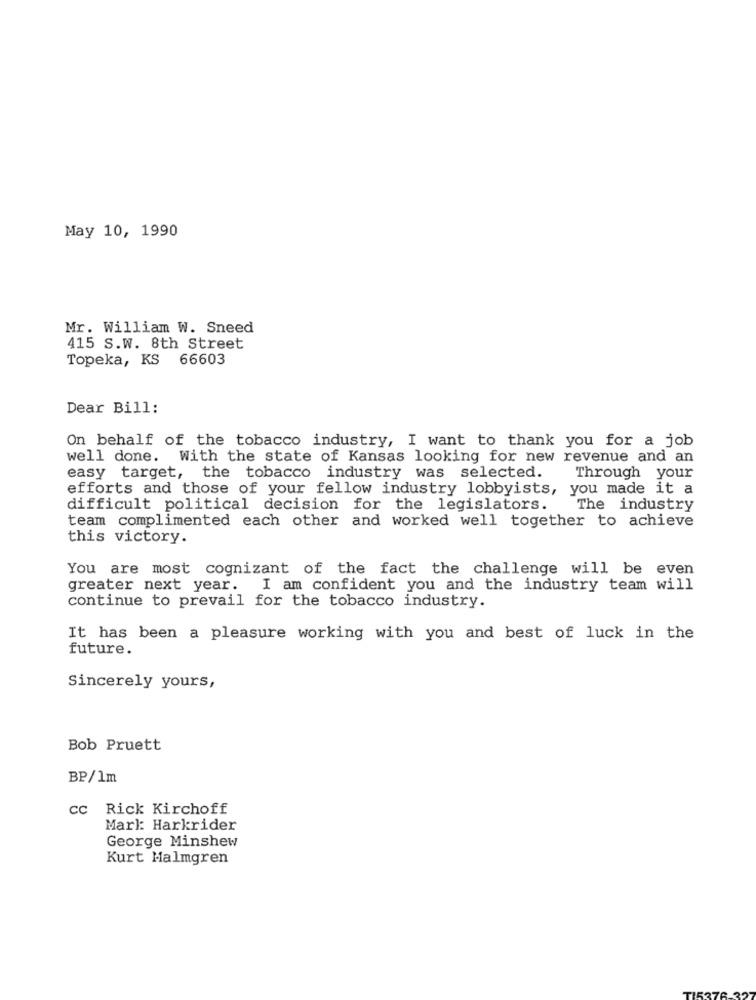
May 10, 1990
Mr. William W. Sneed
415 S.W. 8th Street
Topeka, KS 66603
Dear Bill:
On behalf of the tobacco industry, I want to thank you for a job
well done. With the state of Kansas looking for new revenue and an
easy target, the tobacco industry was selected.
Through your
efforts and those of your fellow industry lobbyists, you made it a
difficult political decision for the legislators.
The industry
team complimented each other and worked well together to achieve
this victory.
You are most cognizant of the fact the challenge will be even
greater next year. I am confident you and the industry team will
continue to prevail for the tobacco industry.
It has been a pleasure working with you and best of luck in the
future.
Sincerely yours,
Bob Pruett
BP/1m
cc Rick Kirchoff
Mark: Harkrider
George Minshew
Kurt Malmgren